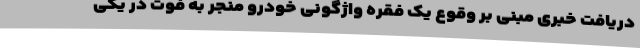
دریافت خبری مبنی بر وقوع یک فقره واژگونی خودرو منجر به فوت در یکی